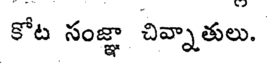
కోట సంజ్ఞా చివ్నాతులు.